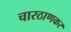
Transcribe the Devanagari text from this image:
चारठाणकर